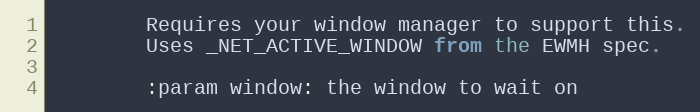
Language: Python
        Requires your window manager to support this.
        Uses _NET_ACTIVE_WINDOW from the EWMH spec.

        :param window: the window to wait on